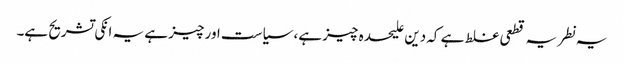
یہ نطریہ قطعی غلط ہے کہ دین علیحدہ چیز ہے، سیاست اور چیز ہے یہ انکی تشریح ہے۔